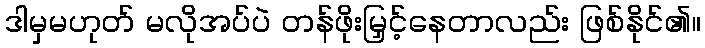
ဒါမှမဟုတ် မလိုအပ်ပဲ တန်ဖိုးမြှင့်နေတာလည်း ဖြစ်နိုင်၏။